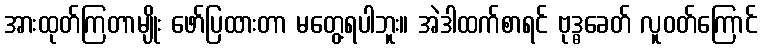
အားထုတ်ကြတာမျိုး ဖော်ပြထားတာ မတွေ့ရပါဘူး။ အဲဒါထက်စာရင် ဗုဒ္ဓခေတ် လူဝတ်ကြောင်